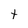
Character: t